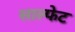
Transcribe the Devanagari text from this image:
साल्फेट